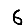
Digit: 6